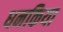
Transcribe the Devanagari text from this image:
धनकिया